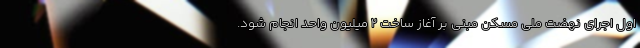
اول اجرای نهضت ملی مسکن مبنی بر آغاز ساخت 2 میلیون واحد انجام شود.